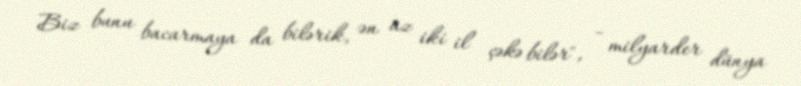
Biz bunu bacarmaya da bilərik, ən az iki il çəkə bilər", - milyarder dünya